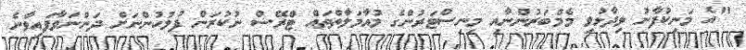
"އެ މަނިކުފާނު ވިދާޅުވި މެމްބަރުންނާއި މިނިސްޓަރުންގެ މުއާމަލާތްތައް ޓްރޭސް ނުކުރަން ފުލުހުންނަށް ދަންނަވާފައިވާނެ